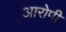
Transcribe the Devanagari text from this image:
अारोपी